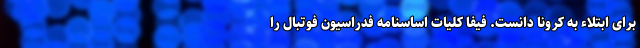
برای ابتلاء به کرونا دانست. فیفا کلیات اساسنامه فدراسیون فوتبال را